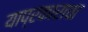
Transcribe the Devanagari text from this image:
याप्रकाराचा